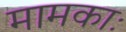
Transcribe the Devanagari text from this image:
मामकाः